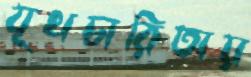
যূথচারিতায়